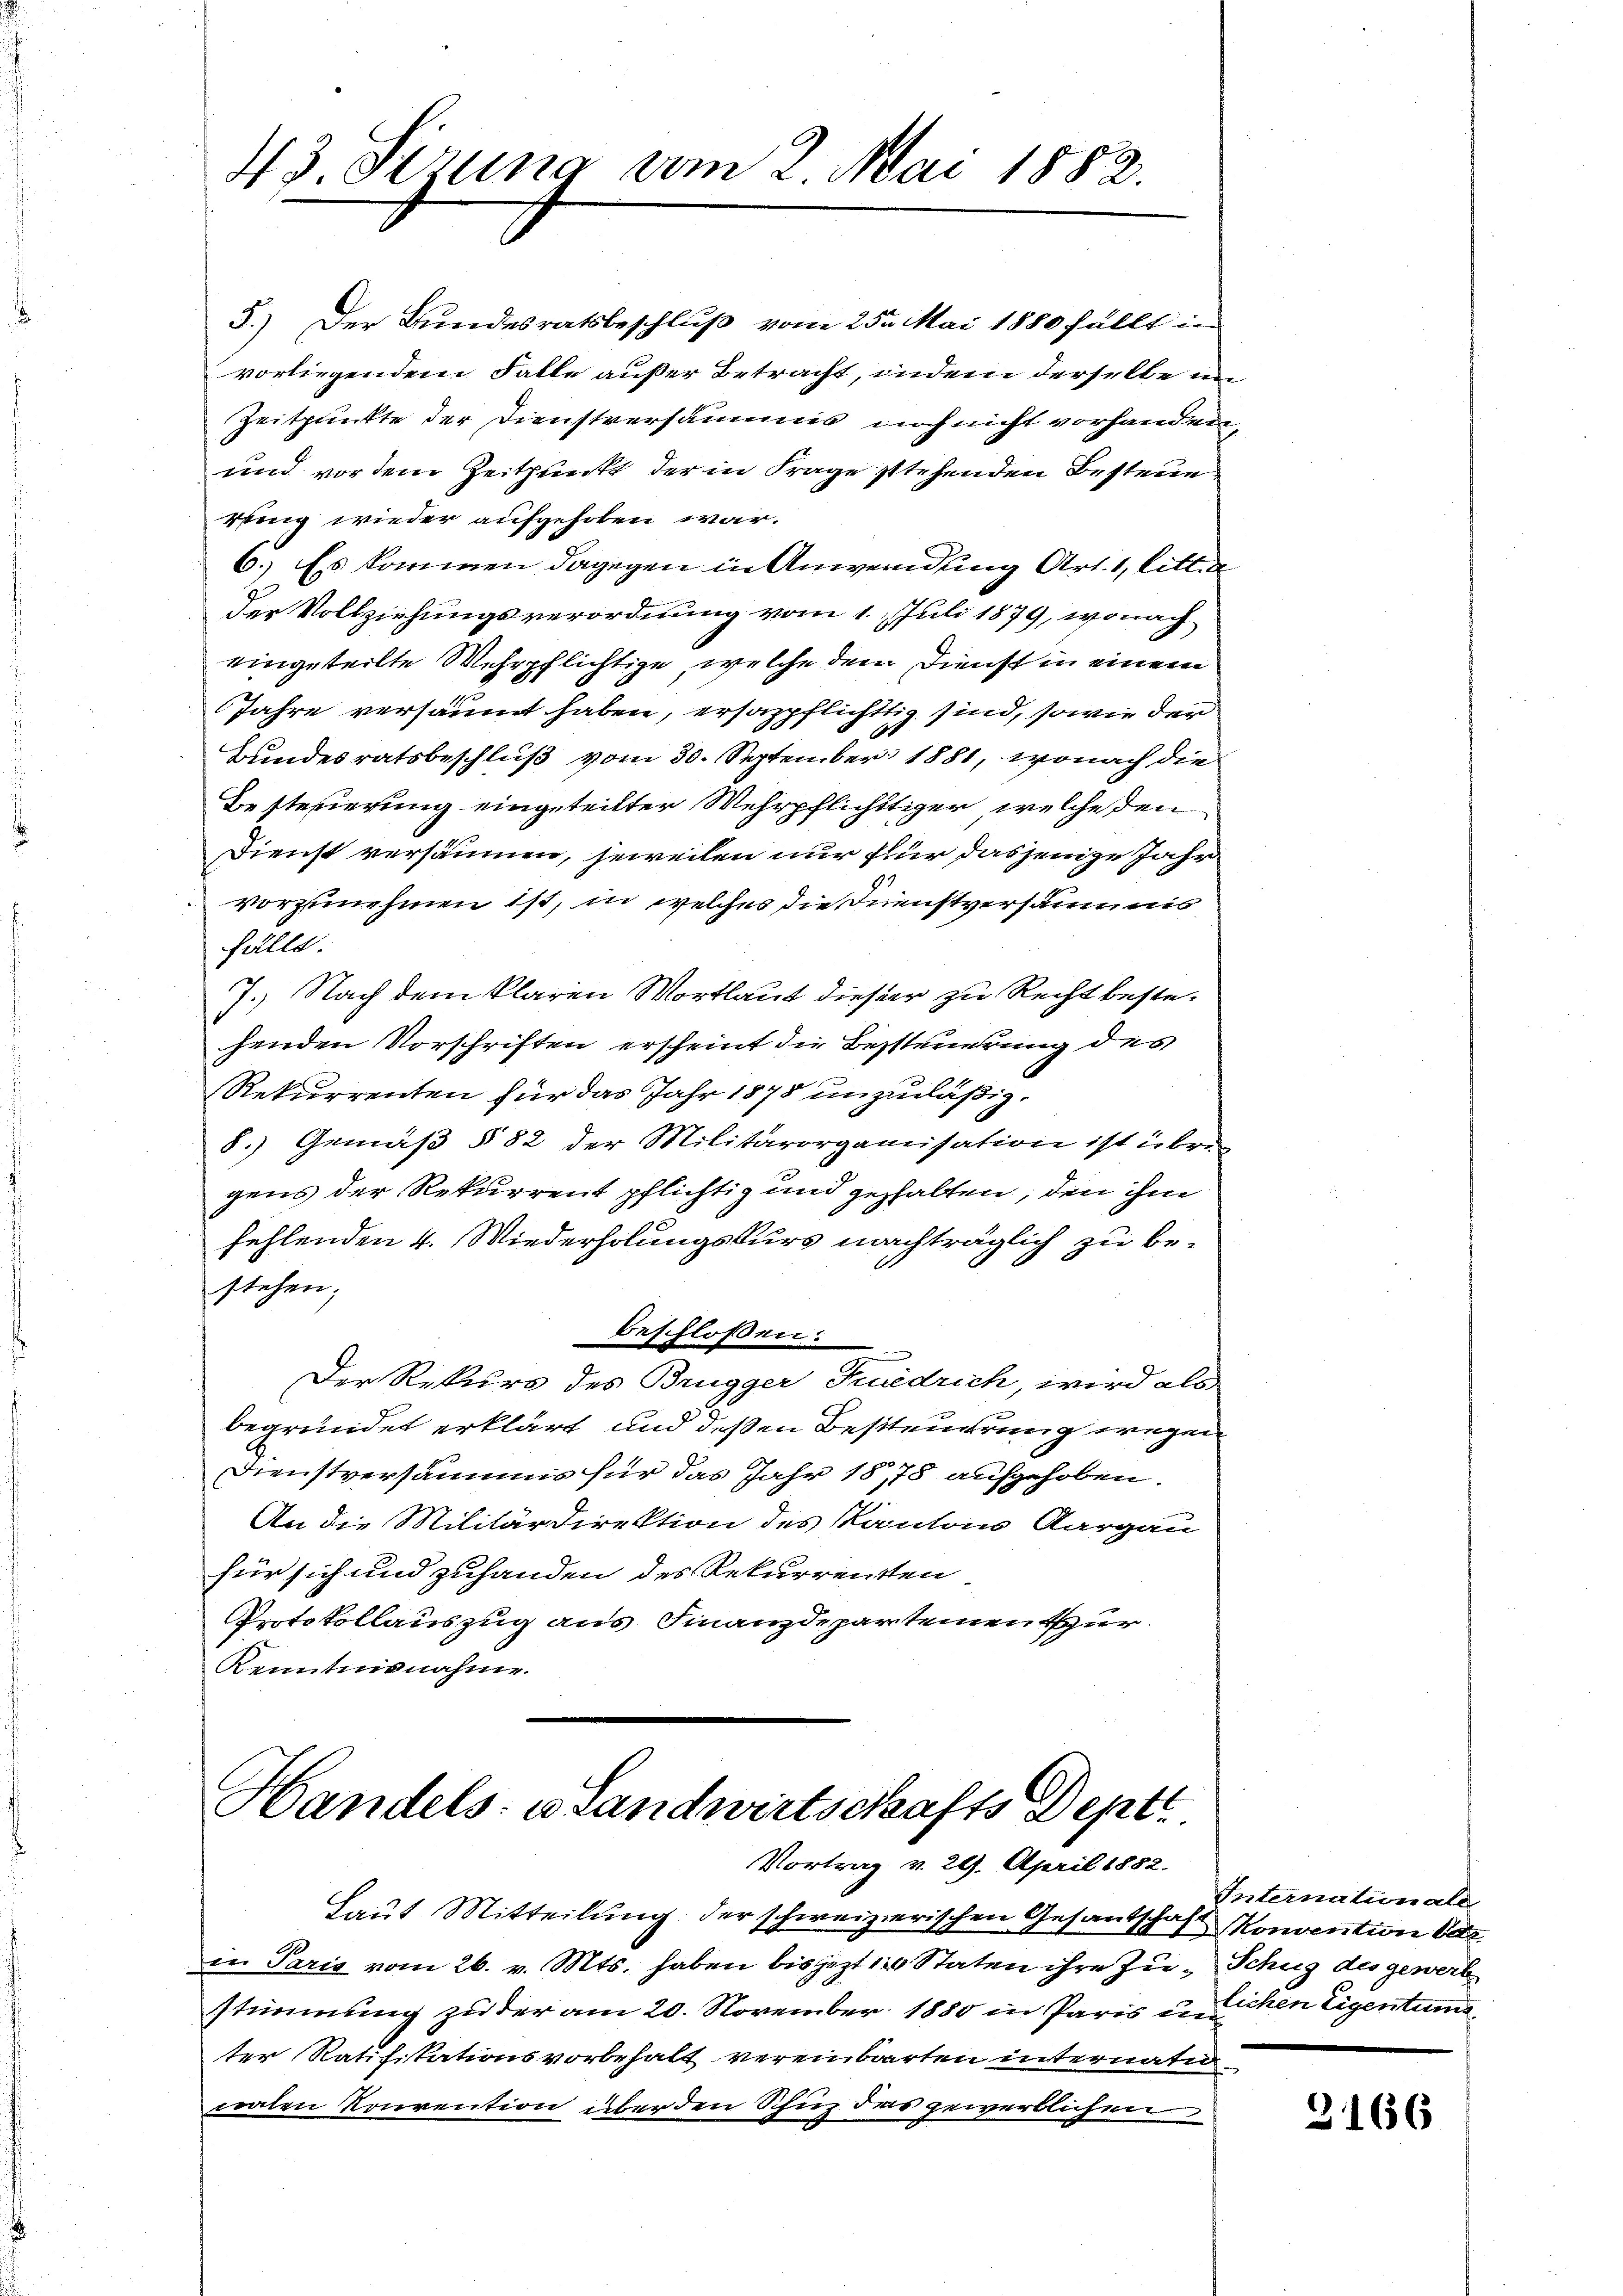
43. Sizung vom 2. Mai 1882.

5.) Der Bundesratsbeschluß vom 25. Mai 1880 fällt in
vorliegendem Falle außer Betracht, indem derselbe un
Zeitpunkte der Dienstversammis noch nicht vorhanden,
und vor dem Zeitpunkt der in Frage stehenden Besteuekling wieder aufgehoben war.
6.) Es kommen dagegen in Anwendung Art. 1, bitte
der Vollziehungsverordnung vom 1. Juli 1879, wonach
eingeteilte Wehrpflichtige, welche dem Dienst in einem
Jahre versäumt haben, ersazpflichttig sind, sowie der
Bundesratsbeschluß vom 30. September 1881, wonach die
Besterierung eingeteilter Mehrpflichttiger, welche den
Dienst versäumen, jeweilen nur für dasjenige Jahr
vorzunehmen ist, in welches die Dienstversäumnis
fällt.
7.) Nach dem klaren Wortlaut dieser zu Recht bestehenden Vorschriften erscheint die Bessteuerung des
Rekurrenten für das Jahr 1878 unzuläßig.
8.) Gemäß § 82 der Militärorganisation ist übrig
gens der Rekurrent pflichtig und gehalten, den ihm
fehlenden 4. Wiederholungskurs nachträglich zu bestehen;
beschlossen:
Der Rekurs des Brugger Suedrich, wird als
begründet erklärt und deßen Besteuerung wegen
Dienstversams für das Jahr 1878 aufgehoben.
An die Militärdirektion des Kanton Aargau
für sich und zuhanden des Rekurrenten
Protokollauszug aus Finanzdepartementur
Kenntnisnahme.

Handels- u Landwirtschafts Deptt
Vortrag v. 29. April 1882.

Laut Mitteilung der schweizerischen Gesandschaft Konvention betr
in Paris vom 26. v. Mts. haben bis jezt 10 Staten ihre Zu- Schug des gewerb
stimmung zu der am 20. November 1880 in Paris unchen Eigentums
ter Ratifikationsvorbehalt vereinbarten internati
praten Konvention über den Schuz das gewerblichen

Internationale

3166